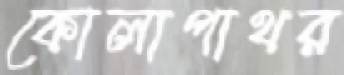
কোলাপাথর